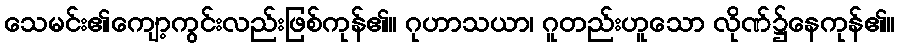
သေမင်း၏ကျော့ကွင်းလည်းဖြစ်ကုန်၏။ ဂုဟာသယာ၊ ဂူတည်းဟူသော လိုဏ်၌နေကုန်၏။